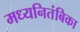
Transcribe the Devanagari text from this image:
मध्यनितंबिका